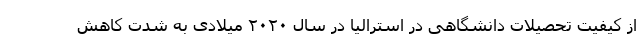
از کیفیت تحصیلات دانشگاهی در استرالیا در سال ۲۰۲۰ میلادی به شدت کاهش